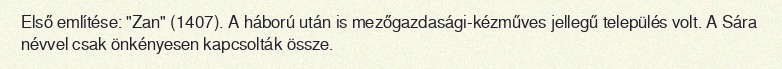
Első említése: "Zan" (1407). A háború után is mezőgazdasági-kézműves jellegű település volt. A Sára névvel csak önkényesen kapcsolták össze.